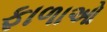
ફાળાઓ